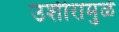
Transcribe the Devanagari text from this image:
उशीरामुळे